system: You are a helpful assistant.
user:
Analyze the provided spectrum to determine if it is a **White Dwarf (WD)**.

A White Dwarf spectrum is defined by its **extreme purity** (due to gravitational settling) and/or **extreme pressure broadening** (due to high surface gravity). You must check for one of the following mutually exclusive signatures:

- **Key Visual Indicators (Check for ONE of these types):**

    - **1. DA-Type Signature (Most Common):**
        - **(Primary Feature):** Extreme pressure broadening (Stark broadening) of the **Hydrogen (H) Balmer lines**.
        - **(Key Lines):** $H\beta$ (approx. $4861$ Å) and $H\gamma$ (approx. $4340$ Å). $H\alpha$ (approx. $6563$ Å) will also be present if the wavelength range covers it.
        - **(Line Profile):** This is the **defining feature**. The lines are **NOT** sharp. They appear as massive, **extremely broad and deep "troughs" or "dips"** in the spectrum, often hundreds of Ångströms wide. The continuum will appear to "scoop" down at these wavelengths.
        - **(Distinction):** Normal A-type or B-type stars have *narrow* and *sharp* Hydrogen lines. A DA White Dwarf's lines are unmistakably "smeared" or "blurry" from pressure.

    - **2. DB-Type Signature:**
        - **(Primary Feature):** Broad absorption lines from **Neutral Helium (He I)**. The spectrum must lack any visible Hydrogen lines.
        - **(Key Lines):** Look for broad absorption near $4471$ Å, $4921$ Å, and $5876$ Å.
        - **(Line Profile):** These lines are also significantly pressure-broadened, appearing much wider than they would in a normal B-type main-sequence star.

    - **3. DC-Type Signature:**
        - **(Primary Feature):** A **featureless continuous spectrum**.
        - **(Line Profile):** The spectrum is a smooth curve with **no significant absorption or emission lines**.
        - **(Key Confirmation):** The continuum is almost always **blue or white**, indicating a hot object. This signature implies the atmosphere is so pure (or so cool) that no spectral lines are visible in the optical range. Its WD identity is confirmed by its extremely low intrinsic brightness (high absolute magnitude).

    - **4. DZ-Type Signature (Metal-Polluted):**
        - **(Primary Feature):** **Isolated, narrow metal absorption lines** on an otherwise featureless (DC-like) continuum.
        - **(Key Lines):** The **Calcium (Ca II) H & K doublet** (approx. **$3934$ Å** and **$3968$ Å**) is the most common and defining feature.
        - **(Line Profile):** These lines are "out of place." They are *not* part of a "forest" of thousands of lines. This signature is evidence of recent *accretion* (pollution) from rocky debris.
        - **(Distinction):** Normal G/K/M stars have a *dense forest* of thousands of metal lines. A DZ has a *clean* continuum with *only a few* strong metal lines.

    - **5. DQ-Type Signature (Carbon-Polluted):**
        - **(Primary Feature):** Absorption bands from **Carbon (C₂ "Swan Bands" or atomic C I)**.
        - **(Key Lines - C₂):** Look for bandheads with a "saw-tooth" shape near $5635$ Å, **$5165$ Å** (strongest), and $4737$ Å.
        - **(Key Confirmation):** The underlying **continuum must be blue or white** (hot).
        - **(Distinction):** This is the critical difference from a **Carbon Star**, which has the *exact same* C₂ bands but on an extremely **red, cool** continuum.

- **(Overall Spectrum):**
    - The continuum (overall shape) is typically **blue-sloping** (brighter in the blue than the red), as most white dwarfs are very hot.
    - The spectrum will look "pure" or "simple," dominated by only *one* of the five signatures listed above.

Think first, call **spectral_visualization_tool** if needed to examine features in detail, then provide your final answer. Your response must adhere to the following strict rules:
1.  **Overall Structure:** Your response must follow the format `<think>...</think> <tool_call>...</tool_call> (if a tool is used) <answer>...</answer>`.
2.  **Tool Usage Constraint:** You may only make **one** tool call per turn.
3.  **Final Answer Format:** In the `<answer>` tag, your conclusion must be inside a `\boxed{}` command (e.g., `\boxed{YES}` or `\boxed{NO}`), followed by your justification.

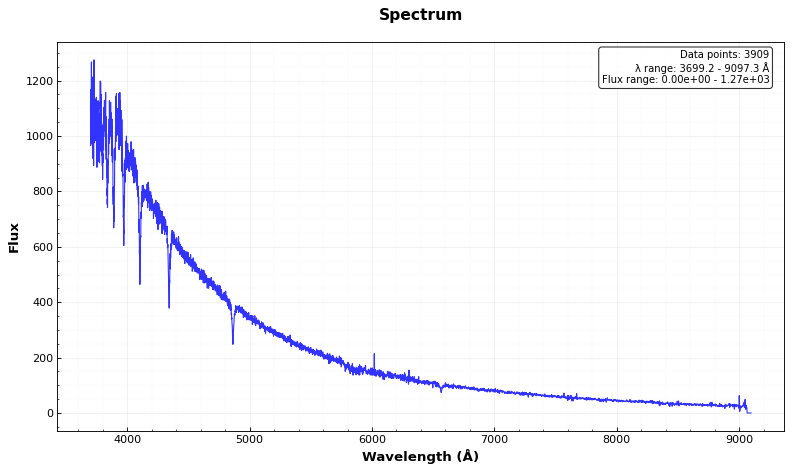
Answer: YES